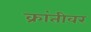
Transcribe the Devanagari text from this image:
क्रांतीवर